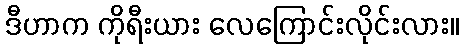
ဒီဟာက ကိုရီးယား လေကြောင်းလိုင်းလား။